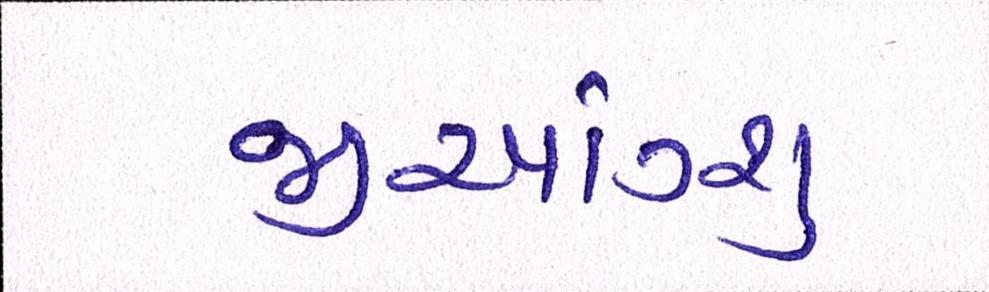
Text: જીઆંગ્શુ